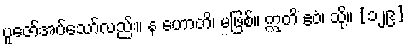
ပူဇော်အပ်သော်လည်း။ န ဟောတိ၊ မဖြစ်။ ဣတိ ဧဝံ၊ သို့။ [၁၂၉]